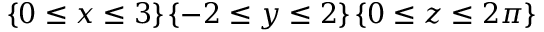
\left\{ 0 \leq x \leq 3 \right\} \left\{ - 2 \leq y \leq 2 \right\} \left\{ 0 \leq z \leq 2 \pi \right\}